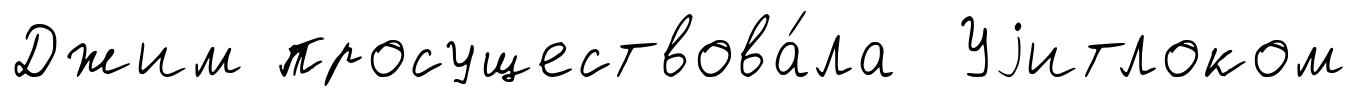
Джим просуществова́ла Уjитлоком